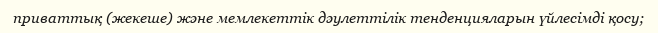
приваттық (жекеше) және мемлекеттік дәулеттілік тенденцияларын үйлесімді қосу;